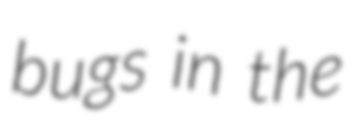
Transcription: bugs in the